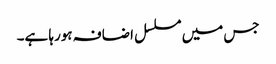
جس میں مسلسل اضافہ ہورہا ہے۔